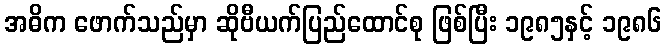
အဓိက ဖောက်သည်မှာ ဆိုဗီယက်ပြည်ထောင်စု ဖြစ်ပြီး ၁၉၈၅နှင့် ၁၉၈၆